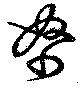
帑